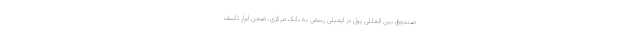
صندوق بین المللی پول در ایمیلی رسمی به بانک مرکزی، ضمن ابزار تاسف